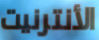
الأنترنيت